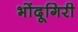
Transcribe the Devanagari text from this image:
भोंदूगिरी